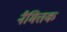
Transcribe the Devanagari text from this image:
नैमित्तक